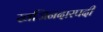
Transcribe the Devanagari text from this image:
खजिनदारपदी